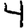
Digit: 4